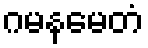
ဂမနမေတံ